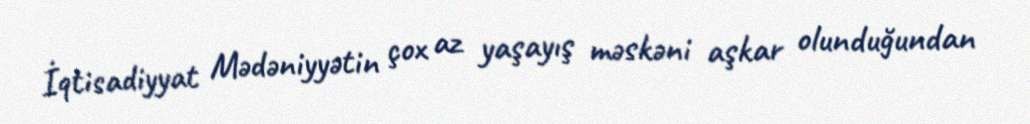
İqtisadiyyat Mədəniyyətin çox az yaşayış məskəni aşkar olunduğundan